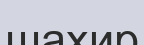
шахир